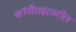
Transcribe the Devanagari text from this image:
कॉपीराइटवरील